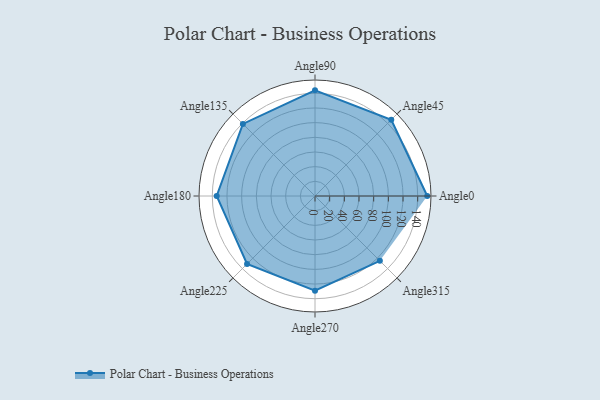
{"axis": {"x": "Angle", "y": "Radius"}, "legend": [""], "data": [{"x": "Angle0", "y": 153.0, "type": ""}, {"x": "Angle45", "y": 147.0, "type": ""}, {"x": "Angle90", "y": 144.0, "type": ""}, {"x": "Angle135", "y": 139.0, "type": ""}, {"x": "Angle180", "y": 134.0, "type": ""}, {"x": "Angle225", "y": 131.0, "type": ""}, {"x": "Angle270", "y": 129.0, "type": ""}, {"x": "Angle315", "y": 125.0, "type": ""}]}